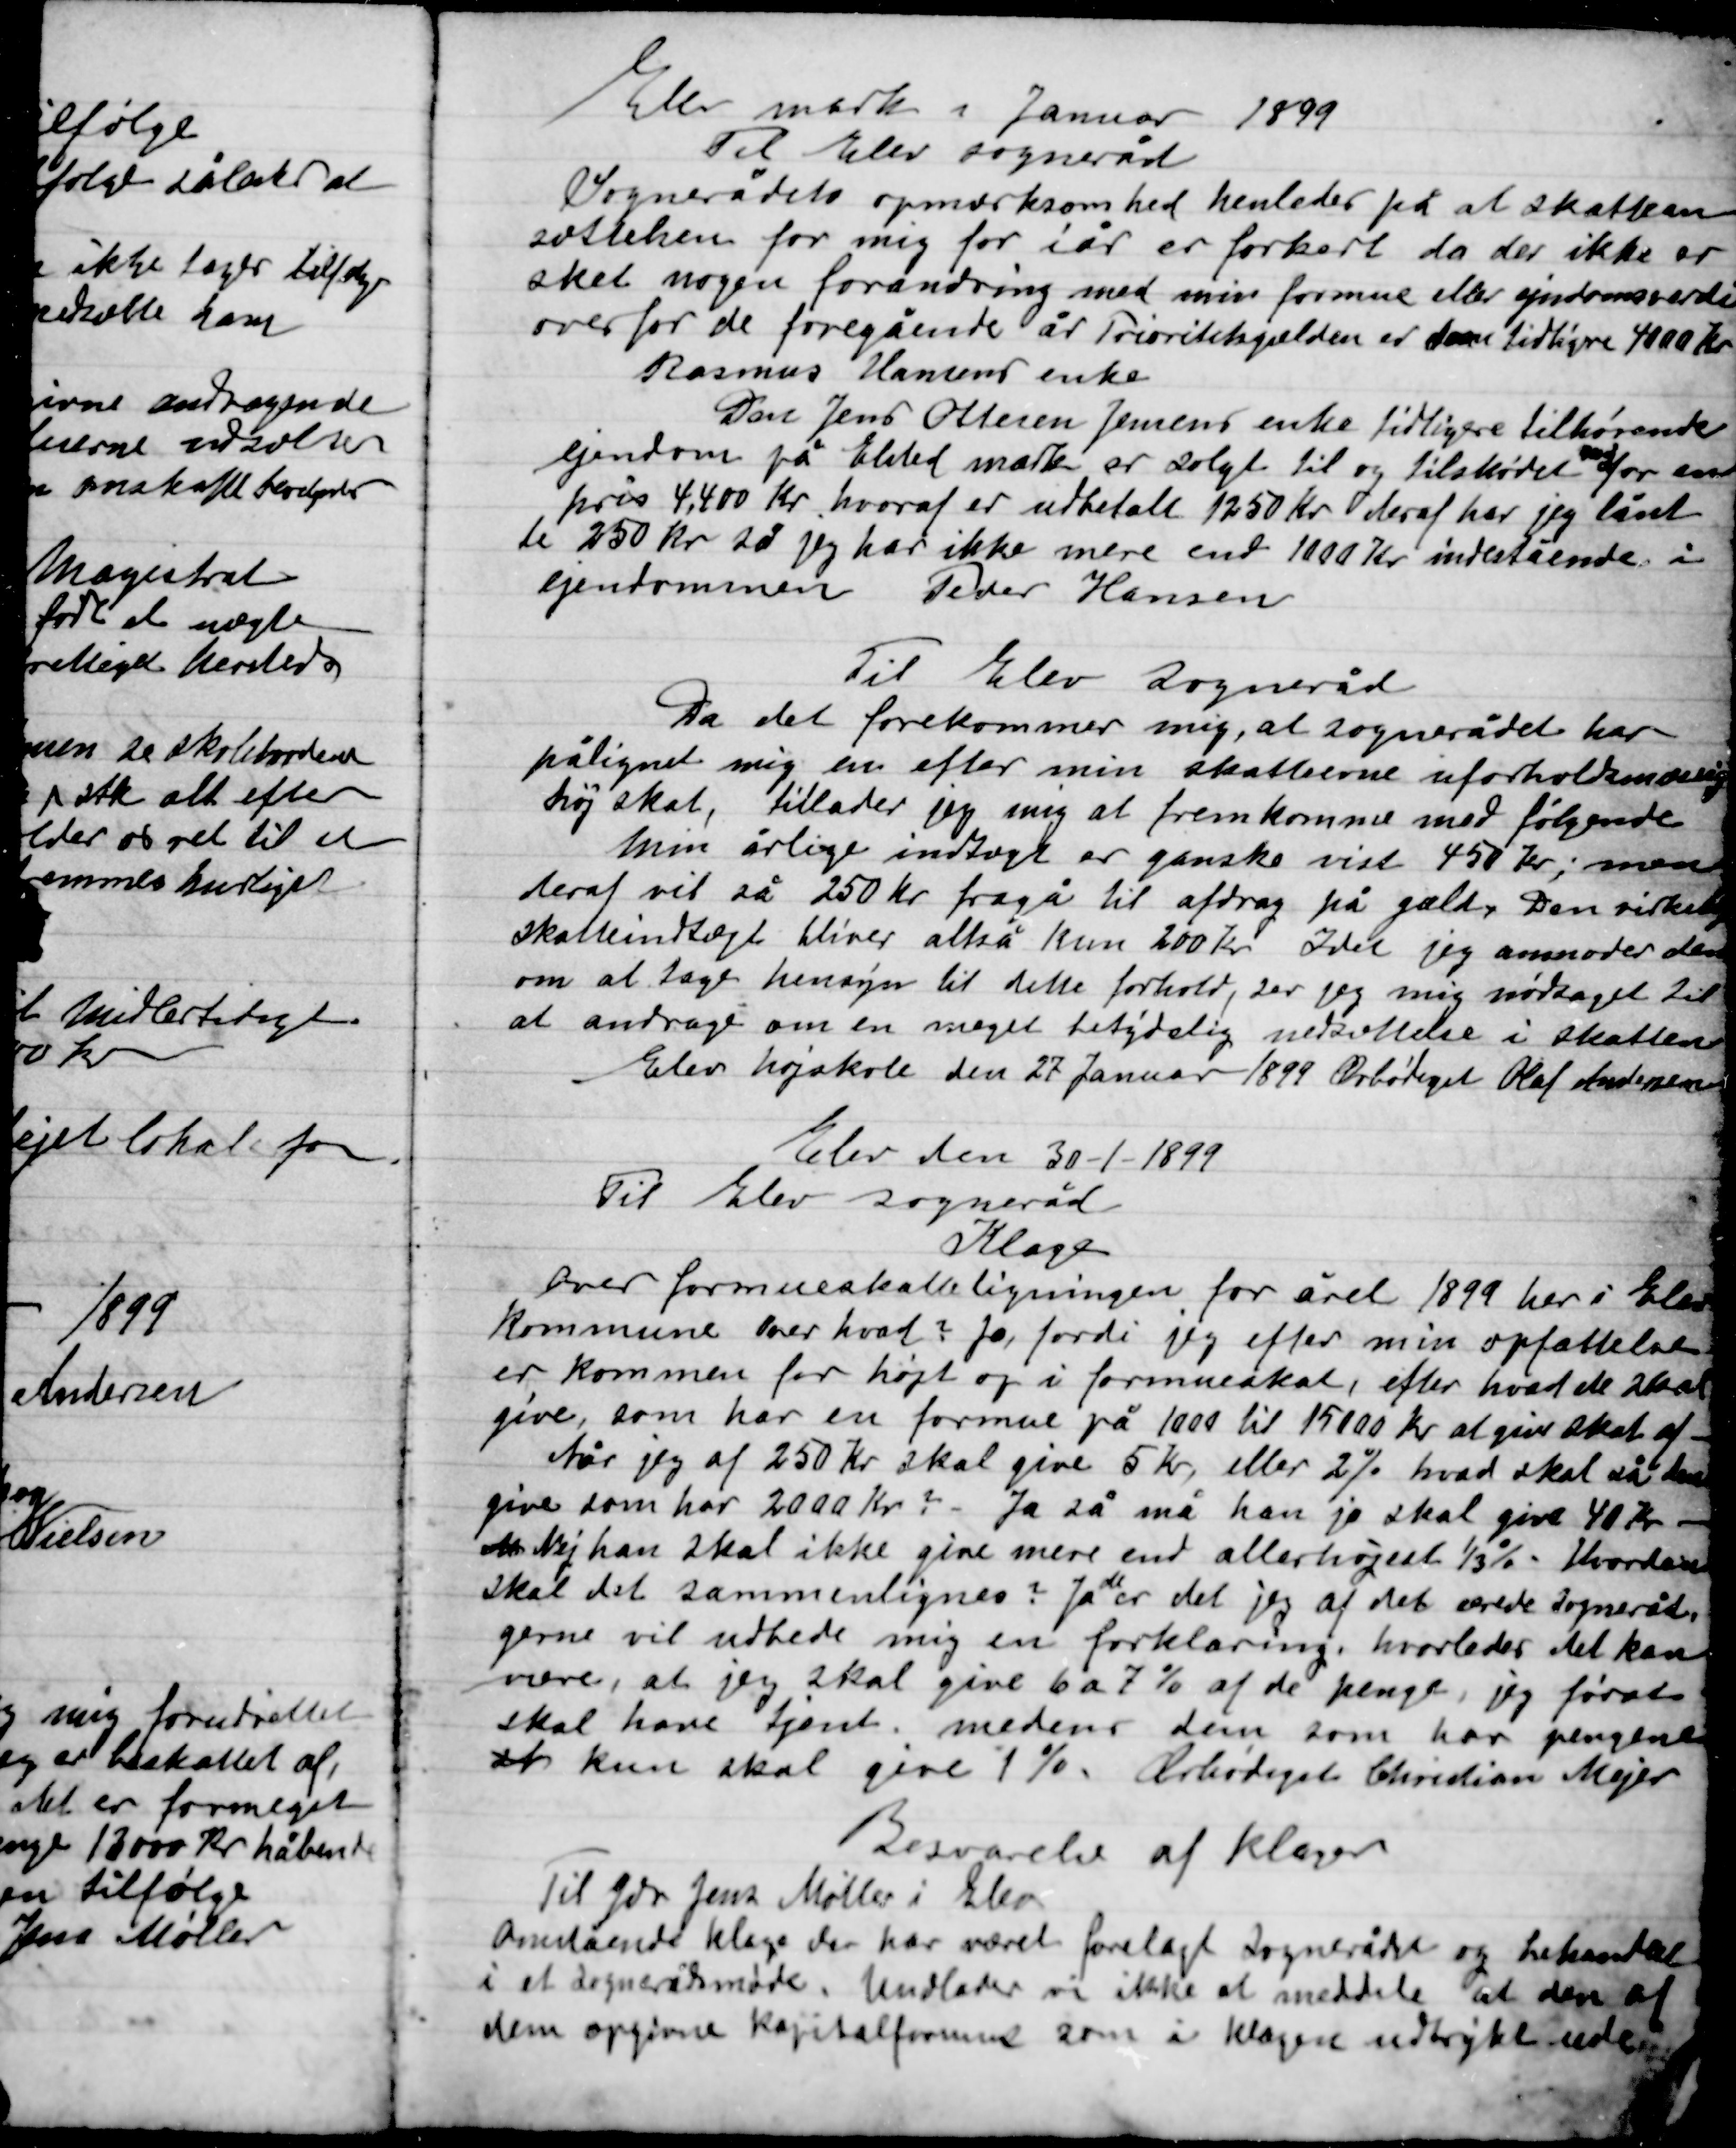
Transskription:
Elev mark i Januar 1899.

Til Elev Sogneråd
Sognerådets opmærksomhed henledes på at skatte-
ansættelse for mig for i år er forkert da der ikke er
sket nogen forandring med min formue eller ejendomsværdi
overfor de foregående år Prioritetsgælden er den tidligere 4000 Kr.
Rasmus Hansens enke.
Den Jens Ottesen Jensens enke tidligere tilhørende
Ejendom på Elsted mark er solgt til og tilskødet Maj for en
Pris 4.400 Kr. hvoraf er udbetalt 1250 Kr. deraf har jeg lånt
de 250 Kr. så jeg har ikke mere end 1000 Kr. indestående i
Ejendommen		Peder Hansen

Til Elev Sogneråd
Da det forekommer mig, at Sognerådet har
pålignet mig en efter min skatteevne uforholdsmæssigt
høj skat, tillader jeg mig at fremkomme med følgende
Min årlige indtægt er ganske vist 450 Kr. men
deraf vil så 250 Kr. fragå til afdrag på gælden Den virkelige
Skatteindtægt bliver altså kun 200 Kr. Idet jeg anmoder dem
om at tage hensyn til dette forhold, ser mig nødsaget til
at andrage om en meget betydelig nedsættelse i skatten
Elev højskole den 27 Januar 1899 Ærbødigst Olaf Andersen

Elev den 30-1-1899

Til Elev Sogneråd
Klage
Over formueskatteligningen for året 1899 her i Elev
Kommune over hvad? jo, fordi jeg efter min opfattelse
er kommen for højt op i formueskat, efter hvad de skal
give, som har en formue på 1000 til 15.000 Kr. at give skat af.
Når jeg af 250 Kr. skal give 5 Kr. eller 2 % hvad skal så den
Give som har 2000 Kr. – Ja så må han jo skat give 40 Kr. –
Men Nej han skal ikke give mere end allerhøjest 1/3 % - hvordan
skal det sammenlignes ?  Ja de er det jeg af det ærede Sogneråd
gerne vil udbede mig  en forklaring, hvorledes det kan
være, at jeg skal give 6 a 7 % af de penge, jeg først
først skal have tjent, medens dem som har pengene
at kun skal give 1 %. Ærbødigst Christian Mejer

Besvarelse af klage
Til Gdr. Jens Møller i Elev
Ovenstående klage der har været forelagt Sognerådet og behandlet
I et Sognerådsmøde. Undlader vi ikke at meddele at den af
dem opgivne Kapitalformue som i klagen udtrykt uden